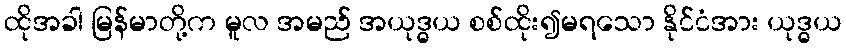
ထိုအခါ မြန်မာတို့က မူလ အမည် အယုဒ္ဓယ စစ်ထိုး၍မရသော နိုင်ငံအား ယုဒ္ဓယ